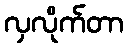
လှလိုက်တာ